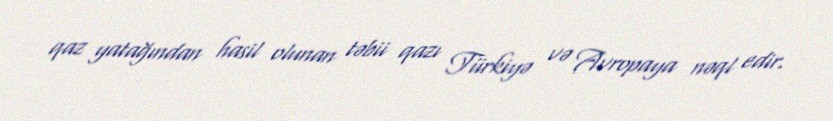
qaz yatağından hasil olunan təbii qazı Türkiyə və Avropaya nəql edir.